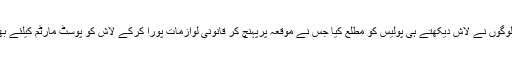
مقامی لوگوں نے لاش دیکھتے ہی پولیس کو مطلع کیا جس نے موقعہ پرپہنچ کر قانونی لوازمات پورا کرکے لاش کو پوسٹ مارٹم کیلئے بھیج دیا۔